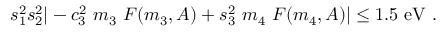
s _ { 1 } ^ { 2 } s _ { 2 } ^ { 2 } | - c _ { 3 } ^ { 2 } ~ m _ { 3 } ~ F ( m _ { 3 } , A ) + s _ { 3 } ^ { 2 } ~ m _ { 4 } ~ F ( m _ { 4 } , A ) | \leq 1 . 5 ~ \mathrm { e V } \ .